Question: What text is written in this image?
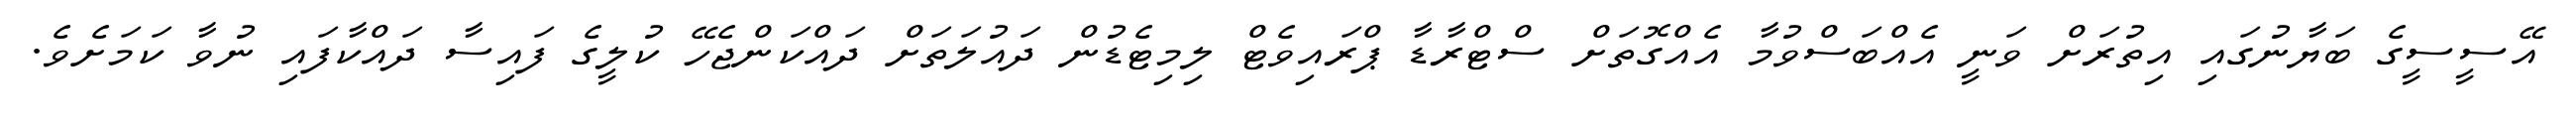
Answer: އޭސީސީގެ ބަޔާނުގައި އިތުރަށް ވަނީ އެއްބަސްވުމާ އެއްގޮތަށް ސްޓްރާޑާ ޕްރައިވެޓް ލިމިޓެޑުން ދައުލަތަށް ދައްކަންޖެހޭ ކުލީގެ ފައިސާ ދައްކާފައި ނުވާ ކަމަށެވެ.